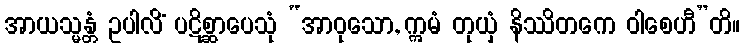
အာယသ္မန္တံ ဥပါလိံ ပဋိစ္ဆာပေသုံ “အာဝုသော, ဣမံ တုယှံ နိဿိတကေ ဝါစေဟီ”တိ။